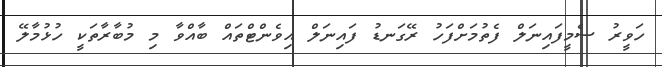
ހަވީރު ސެމީފައިނަލް ފެތުމަށްފަހު ރޭގަނޑު ފައިނަލް އިވެންޓްތައް ބާއްވާ މި މުބާރާތަކީ ހުޅުމާލޭ